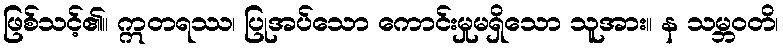
ဖြစ်သင့်၏။ ဣတရဿ၊ ပြုအပ်သော ကောင်းမှုမရှိသော သူအား။ န သမ္ဘဝတိ၊